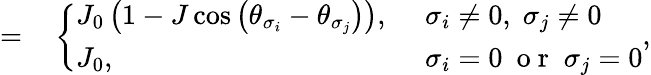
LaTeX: \begin{array}{rl}{=}&{{}\left\{ \begin{array}{ll}{J_{0}\left(1-J\cos\left(\theta_{\sigma_{i}}-\theta_{\sigma_{j}}\right)\right),\ }&{\sigma_{i}\neq 0,\; \sigma_{j}\neq 0}\\ {J_{0},}&{\sigma_{i}=0\ \mathrm{~o~r~}\; \sigma_{j}=0}\end{array}\right.,}\end{array}